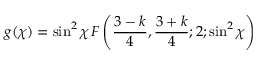
g ( \chi ) = \sin ^ { 2 } { \chi } \, F \left( \frac { 3 - k } { 4 } , \frac { 3 + k } { 4 } ; 2 ; \sin ^ { 2 } { \chi } \right)